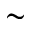
\sim